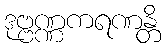
ဒုဗ္ဗဏ္ဏကရဏန္တိ